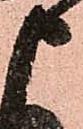
申